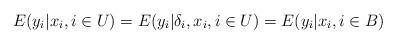
LaTeX: \begin{align*}E(y_i | x_i, i\in U) = E(y_i | \delta_i, x_i, i\in U) = E(y_i | x_i, i\in B) \end{align*}